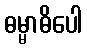
ဓမ္မာဓိပေါ